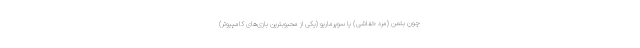
چون بتمن (مرد خفاشی) یا سوپرماریو (یکی از محبوبترین بازی‌های کامپیوتر)